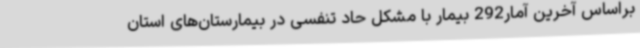
براساس آخرین آمار292 بیمار با مشکل حاد تنفسی در بیمارستان‌های استان